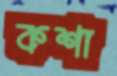
কশা